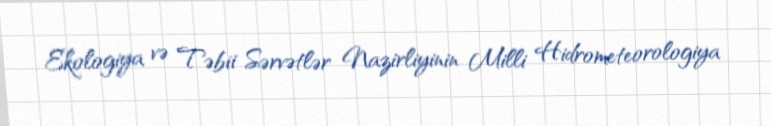
Ekologiya və Təbii Sərvətlər Nazirliyinin Milli Hidrometeorologiya